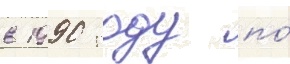
в 1990 году по́